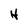
Character: H